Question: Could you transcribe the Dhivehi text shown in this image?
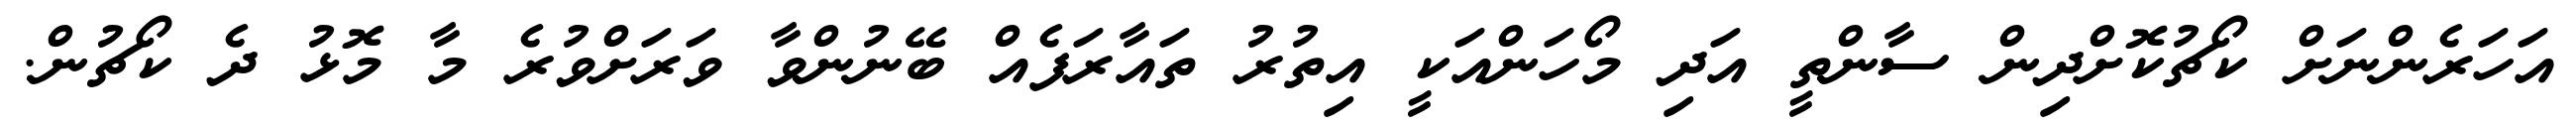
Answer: އަހަރެންނަށް ކޯޗުކޮށްދިން ސާންތީ އަދި މޯހަންއަކީ އިތުރު ތައާރަފެއް ބޭނުންވާ ވަރަށްވުރެ މާ މޮޅު ދެ ކޯޗުން.